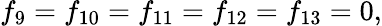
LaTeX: f_{9}=f_{10}=f_{11}=f_{12}=f_{13}=0,